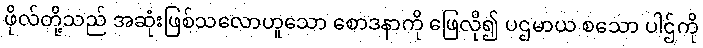
ဖိုလ်တို့သည် အဆုံးဖြစ်သလောဟူသော စောဒနာကို ဖြေလို၍ ပဌမာယ စသော ပါဌ်ကို